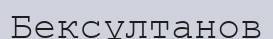
Бексұлтанов